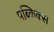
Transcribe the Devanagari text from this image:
पब्किक्स